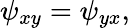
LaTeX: \psi_{xy}=\psi_{yx},